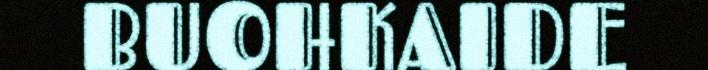
BUOHKAIDE